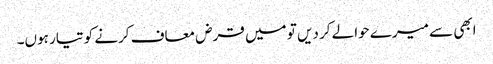
ابھی سے میرے حوالے کر دیں تو میں قرض معاف کرنے کو تیار ہوں۔